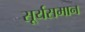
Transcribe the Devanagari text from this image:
सूर्यसमान